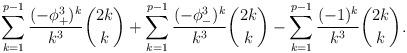
LaTeX: \begin{align*}\sum_{k=1}^{p-1}\frac{(-\phi^3_+)^k}{k^3}\binom{2k}{k}+\sum_{k=1}^{p-1}\frac{(-\phi^3_-)^k}{k^3}\binom{2k}{k}-\sum_{k=1}^{p-1}\frac{(-1)^k}{k^3}\binom{2k}{k}.\end{align*}